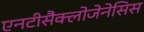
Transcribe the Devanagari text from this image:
एनटीसैक्लोजेनेसिस